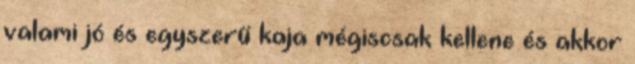
valami jó és egyszerű kaja mégiscsak kellene és akkor